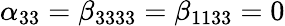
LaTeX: \alpha_{33}=\beta_{3333}=\beta_{1133}=0